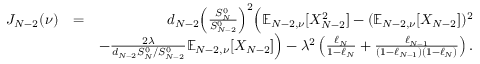
\begin{array} { r l r } { J _ { N - 2 } ( \nu ) } & { = } & { d _ { N - 2 } \Big ( \frac { S _ { N } ^ { 0 } } { S _ { N - 2 } ^ { 0 } } \Big ) ^ { 2 } \Big ( \mathbb { E } _ { N - 2 , \nu } [ X _ { N - 2 } ^ { 2 } ] - ( \mathbb { E } _ { N - 2 , \nu } [ X _ { N - 2 } ] ) ^ { 2 } } \\ & { } & { - \frac { 2 \lambda } { d _ { N - 2 } S _ { N } ^ { 0 } / S _ { N - 2 } ^ { 0 } } \mathbb { E } _ { N - 2 , \nu } [ X _ { N - 2 } ] \Big ) - \lambda ^ { 2 } \left( \frac { \ell _ { N } } { 1 - \ell _ { N } } + \frac { \ell _ { N - 1 } } { ( 1 - \ell _ { N - 1 } ) ( 1 - \ell _ { N } ) } \right) . } \end{array}